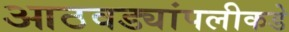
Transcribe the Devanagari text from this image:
आठवड्यांपलीकडे